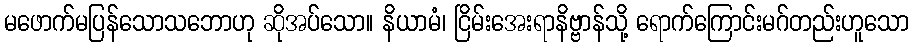
မဖောက်မပြန်သောသဘောဟု ဆိုအပ်သော။ နိယာမံ၊ ငြိမ်းအေးရာနိဗ္ဗာန်သို့ ရောက်ကြောင်းမဂ်တည်းဟူသော